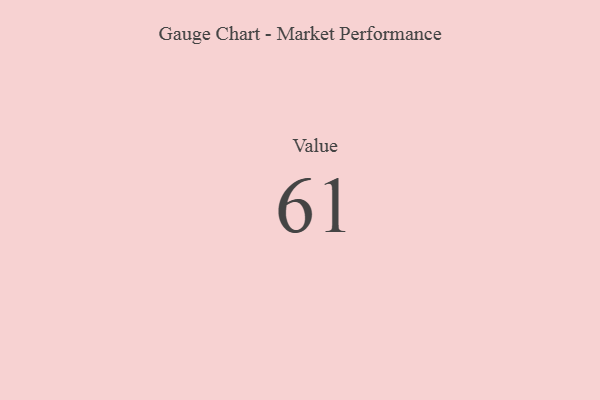
{"axis": {"x": "Metric", "y": "Value"}, "legend": [""], "data": [{"x": "Value", "y": 61, "type": ""}]}